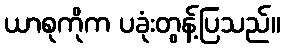
ယာစုကိုက ပခုံးတွန့်ပြသည်။